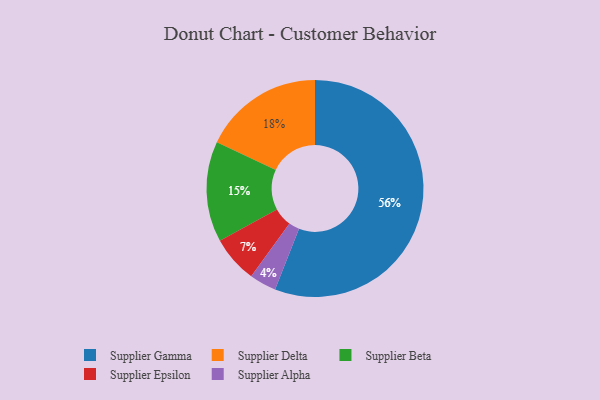
{"axis": {"x": "Category", "y": "Percentage"}, "legend": ["Supplier Alpha", "Supplier Beta", "Supplier Delta", "Supplier Epsilon", "Supplier Gamma"], "data": [{"x": "Supplier Epsilon", "y": 7, "type": "Supplier Epsilon"}, {"x": "Supplier Gamma", "y": 56, "type": "Supplier Gamma"}, {"x": "Supplier Beta", "y": 15, "type": "Supplier Beta"}, {"x": "Supplier Delta", "y": 18, "type": "Supplier Delta"}, {"x": "Supplier Alpha", "y": 4, "type": "Supplier Alpha"}]}